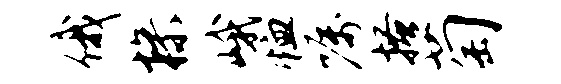
俄操峨恤嘱搔萄